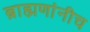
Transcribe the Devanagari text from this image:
ब्राह्मणांनीच